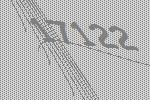
17122